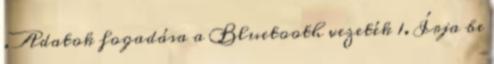
. Adatok fogadása a Bluetooth vezeték 1. Írja be